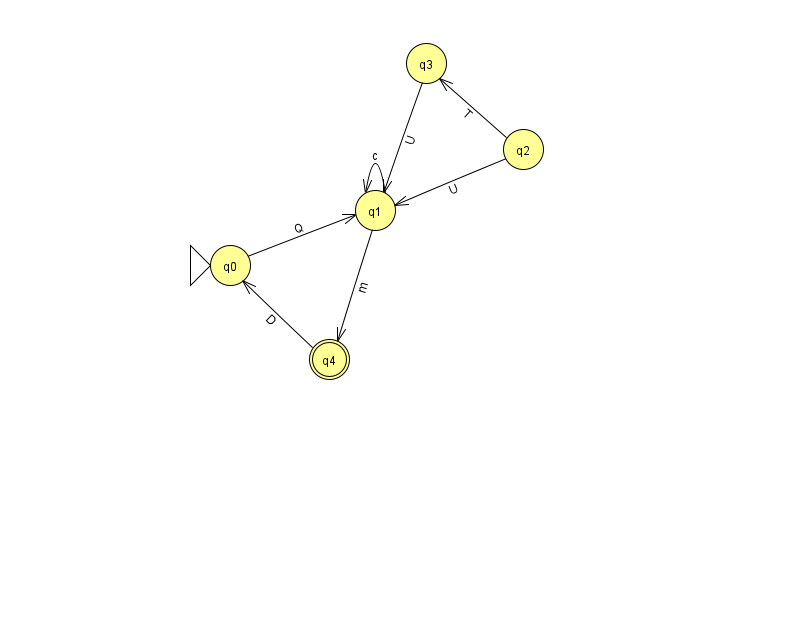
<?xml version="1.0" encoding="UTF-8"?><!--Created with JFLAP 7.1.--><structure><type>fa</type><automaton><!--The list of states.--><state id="0" name="q0"><x>230.0</x><y>252.0</y><initial/></state><state id="1" name="q1"><x>375.0</x><y>197.0</y></state><state id="2" name="q2"><x>523.0</x><y>136.0</y></state><state id="3" name="q3"><x>426.0</x><y>50.0</y></state><state id="4" name="q4"><x>329.0</x><y>346.0</y><final/></state><!--The list of transitions.--><transition><from>3</from><to>1</to><read>U</read></transition><transition><from>1</from><to>1</to><read>c</read></transition><transition><from>0</from><to>1</to><read>Q</read></transition><transition><from>1</from><to>4</to><read>m</read></transition><transition><from>4</from><to>0</to><read>D</read></transition><transition><from>2</from><to>1</to><read>U</read></transition><transition><from>2</from><to>3</to><read>T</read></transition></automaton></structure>